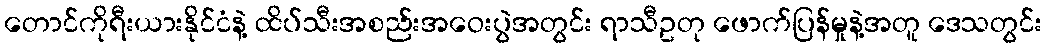
တောင်ကိုရီးယားနိုင်ငံနဲ့ ထိပ်သီးအစည်းအဝေးပွဲအတွင်း ရာသီဥတု ဖောက်ပြန်မှုနဲ့အတူ ဒေသတွင်း